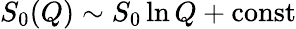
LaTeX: S_{0}(Q)\sim S_{0}\ln Q+\mathrm{const}